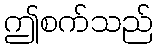
ဤစက်သည်